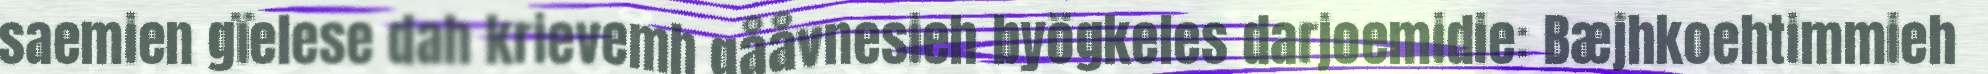
saemien gïelese dah krievemh gååvnesieh byögkeles darjoemidie: Bæjhkoehtimmieh